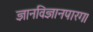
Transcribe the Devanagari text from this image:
ज्ञानविज्ञानपारग।